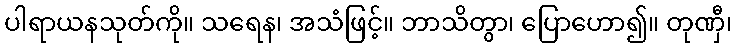
ပါရာယနသုတ်ကို။ သရေန၊ အသံဖြင့်။ ဘာသိတွာ၊ ပြောဟော၍။ တုဏှီ၊